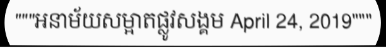
"""អនាម័យសម្អាតផ្លូវសង្គម April 24, 2019"""